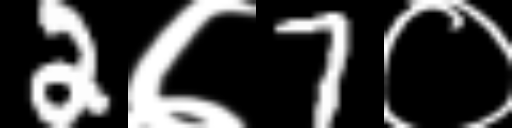
Text: 2७7०